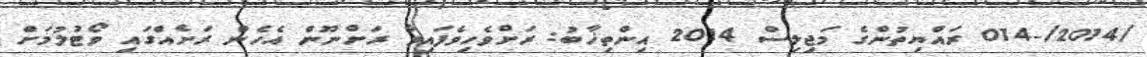
/2014/-014 ރައްޔިތުންގެ މަޖިލިސް 2014 އިންތިޚާބު: ރަށްވެހިވެފައިވާ ރަށްނޫން އެހެން ރަށެއްގައި ވޯޓުލުމަށް